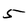
Character: 5